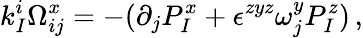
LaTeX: k_{I}^{i}\Omega_{ij}^{x}=-(\partial_{j}P_{I}^{x}+\epsilon^{zyz}\omega_{j}^{y}P_{I}^{z})\, ,